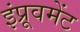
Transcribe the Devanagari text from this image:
इंप्रूवमेंट